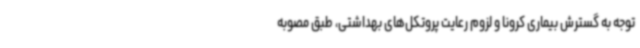
توجه به گسترش بیماری کرونا و لزوم رعایت پروتکل‌های بهداشتی، طبق مصوبه